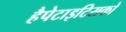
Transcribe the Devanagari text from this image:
हैपेटाइटिसको